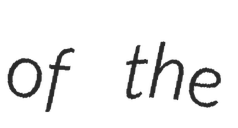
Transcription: of the